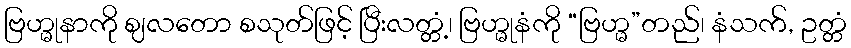
ဗြဟ္မုနာကို ဈလတော စသုတ်ဖြင့် ပြီးလတ္တံ့၊ ဗြဟ္မုနံကို “ဗြဟ္မ”တည်၊ နံသက်, ဥတ္တံ